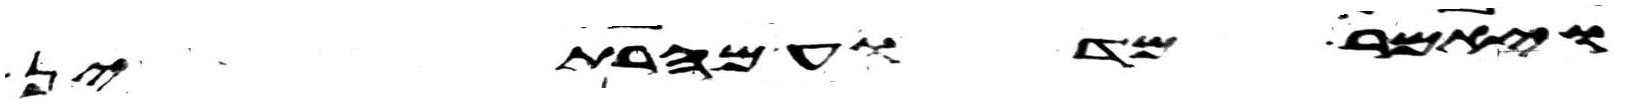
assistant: ויאמר מדוע מהרתן